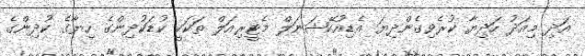
އަދި މިއަދު ހަދިޔާ ކުރެވިގެންދިޔަ އެޑިއުކޭޝަނަލް މެޓީރިއަލް ތަކަކީ ކުޑަކުދިންގެ ހިޔާގެ ކުދިންގެ